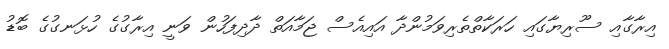
އިރާގާއި ސޫރިޔާގައި ހަރަކާތްތެރިވަމުންދާ އައިއެސް ޖަމާއަތް ދާދިފަހުން ވަނީ އިރާގުގެ ހުޅަނގުގެ ބޮޑު